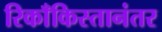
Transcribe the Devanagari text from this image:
रिकाँकिस्तानंतर